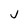
Character: j